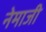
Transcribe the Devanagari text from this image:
नेमाजी